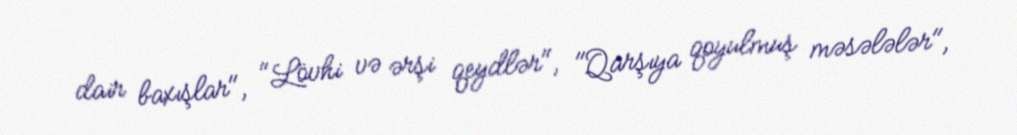
dair baxışlar", "Lövhi və ərşi qeydlər", "Qarşıya qoyulmuş məsələlər",